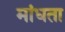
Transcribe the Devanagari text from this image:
मांधता